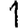
Digit: 1